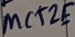
Text: MCT2E